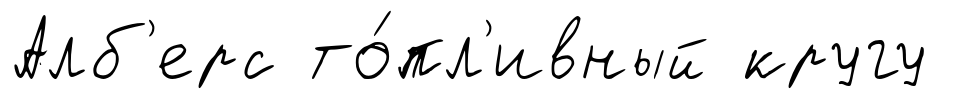
Алб'ерс то́пл'ивный кругу